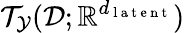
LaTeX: \mathcal{T}_{\mathcal{Y}}(\mathcal{D};\mathbb{R}^{d_{\mathrm{~l~a~t~e~n~t~}}})